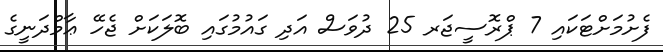
ފެށުމަށްޓަކައި 7 ޕްރޮސީޖަރ 25 ދުވަސް އަދި ގައުމުގައި ބޮލަކަށް ޖެހޭ ޢާމްދަނީގެ